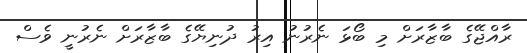
ރާއްޖޭގެ ބާޒާރަށް މި ބޯޅަ ނެރުނު އިރު ދުނިޔޭގެ ބާޒާރަށް ނެރުނީ ވެސް